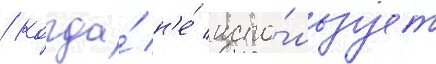
/ когда́ н'е́ испо́льзует